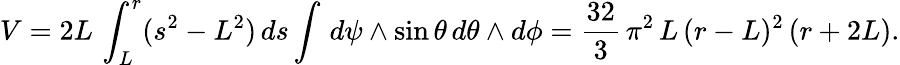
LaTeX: V=2L\, \int_{L}^{r}(s^{2}-L^{2})\, ds\int\, d\psi\wedge\sin\theta\, d\theta\wedge d\phi=\frac{32}{3}\, \pi^{2}\, L\, (r-L)^{2}\, (r+2L).